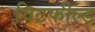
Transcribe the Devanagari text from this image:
विटफील्ड